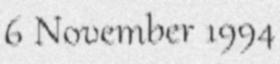
6 November 1994